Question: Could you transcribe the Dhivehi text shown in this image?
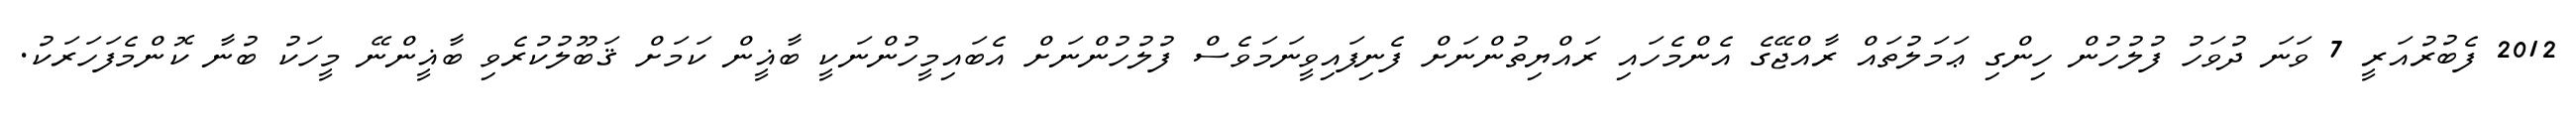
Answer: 2012 ފެބުރުއަރީ 7 ވަނަ ދުވަހު ފުލުހުން ހިންގި ޢަމަލުތައް ރާއްޖޭގެ އެންމެހައި ރައްޔިތުންނަށް ފެނިފައިވީނަމަވެސް ފުލުހުންނަށް އެބައިމީހުންނަކީ ބާޣީން ކަމަށް ޤަބޫލުކުރެވި ބާޣީންނޭ މީހަކު ބުނާ ކޮންމެފަހަރަކު.